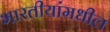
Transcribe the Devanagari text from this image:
भारतीयांमधील